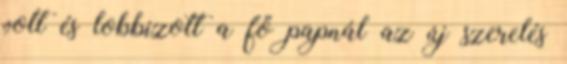
volt és lobbizott a fő papnál az új szerelés